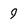
Character: 9